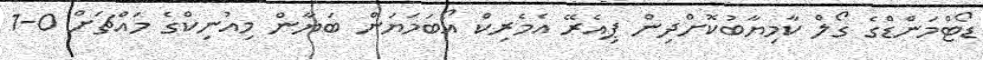
ޑޯޓްމަންޑްގެ ގޯލް ކާމިޔާބުކޮށްދިން ޕިއެރޭ އެމެރިކް އޯބަމަޔަން ބަޔާން މިއުނިކްގެ މައްޗަށް 0-1